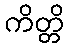
ကိတ္တိ